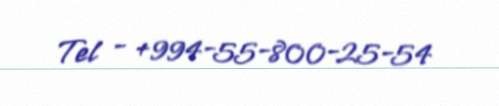
Tel - +994-55-800-25-54